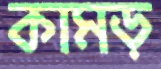
কামড়